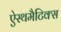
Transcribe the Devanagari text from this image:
ऐस्थमैटिक्स